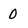
Character: 0